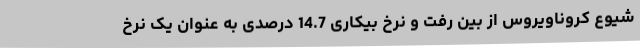
شیوع کروناویروس از بین رفت و نرخ بیکاری 14.7 درصدی به عنوان یک نرخ